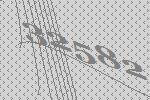
32582